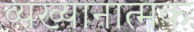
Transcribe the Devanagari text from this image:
व्यख्यानात्मक